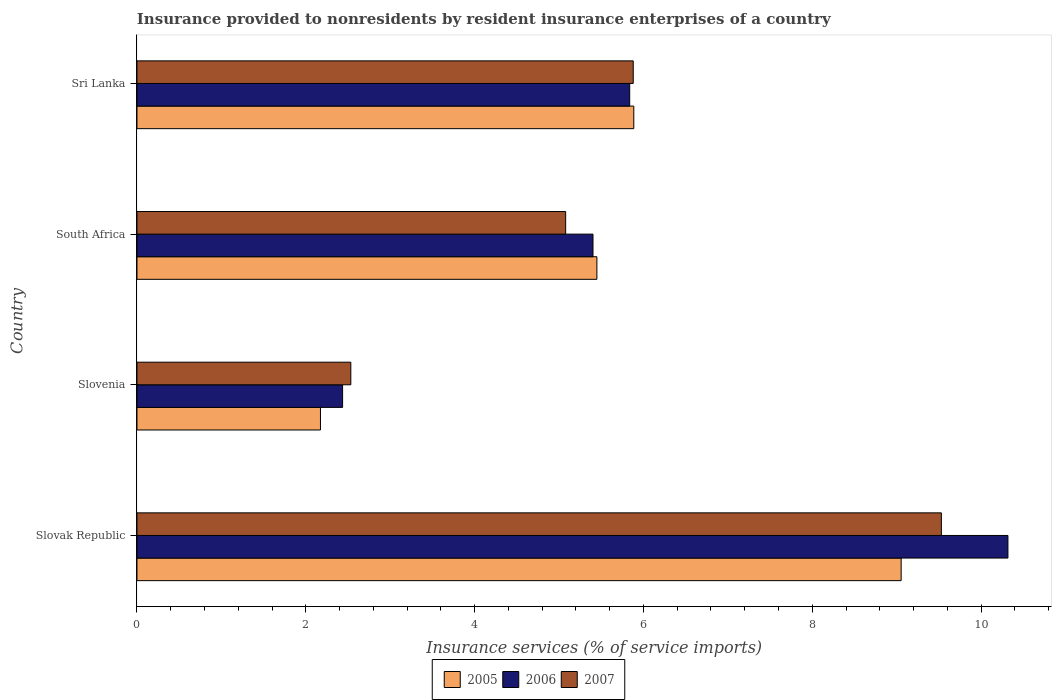
| Country | 2005 | 2006 | 2007 |
 | --- | --- | --- | --- |
 | Slovak Republic | 9.05 | 10.3 | 9.53 |
 | Slovenia | 2.17 | 2.44 | 2.53 |
 | South Africa | 5.45 | 5.4 | 5.08 |
 | Sri Lanka | 5.89 | 5.84 | 5.88 |